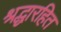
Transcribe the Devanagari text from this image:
श्रद्धारहित